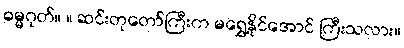
ဓမ္မဂုတ်။ ။ ဆင်းတုတော်ကြီးက မရွှေ့နိုင်အောင် ကြီးသလား။